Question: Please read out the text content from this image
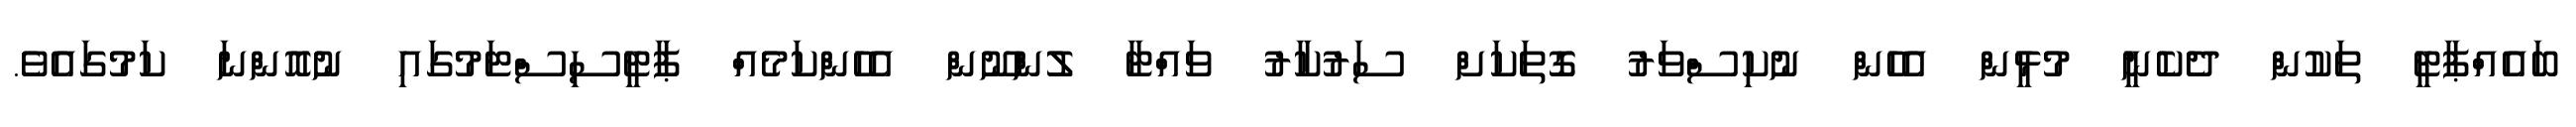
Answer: ބައެއްޕާޓީ ތަކުން ދެކެނީ މުޅީން އެހެން ނުކިސްވަރު ގޮތަކަށް ސަރުކާރު ވައްޓާ ލުންނޫން އެހެންކަމެއް ޕާޓީސިސްޓަމުގައި ނުއޮންނަ ކަމުގައެވެ.